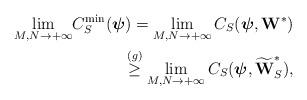
LaTeX: \begin{align*}{\lim\limits_{M,N \to +\infty}}{C}_S^{\min}(\boldsymbol{\psi}) = \mathop {\lim}\limits_{M,N \to + \infty }C_S(\boldsymbol{\psi},\textbf{W}^*)\\\overset{(g)}{\ge} \mathop {\lim}\limits_{M,N \to + \infty }C_S(\boldsymbol{\psi},\widetilde{\textbf{W}}_S^*),\end{align*}